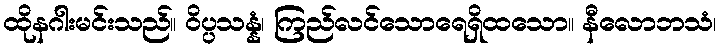
ထိုနဂါးမင်းသည်။ ဝိပ္ပသန္နံ၊ ကြည်လင်သောရေရှိထသော။ နီလောဘသံ၊